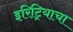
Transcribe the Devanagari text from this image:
इरिट्रियाचा